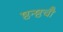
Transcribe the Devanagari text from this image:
ष्ठन्ष्ठचौ